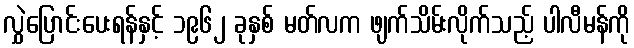
လွှဲပြောင်းပေးရန်နှင့် ၁၉၆၂ ခုနှစ် မတ်လက ဖျက်သိမ်းလိုက်သည့် ပါလီမန်ကို